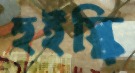
হুইস্কি